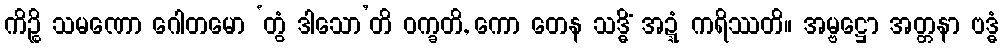
ကိဉ္စိ သမဏော ဂေါတမော ‘တွံ ဒါသော’တိ ဝက္ခတိ, ကော တေန သဒ္ဓိံ အဍ္ဍံ ကရိဿတိ။ အမ္ဗဋ္ဌော အတ္တနာ ဗဒ္ဓံ